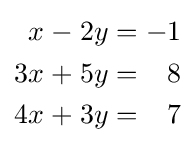
{\begin{alignedat}{5}x&&\;-\;&&2y&&\;=\;&&-1&\\3x&&\;+\;&&5y&&\;=\;&&8&\\4x&&\;+\;&&3y&&\;=\;&&7&\end{alignedat}}